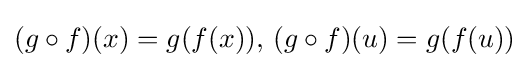
(g\circ f)(x)=g(f(x)),\,(g\circ f)(u)=g(f(u))